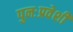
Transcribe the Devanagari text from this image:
पुनःप्रवेशी